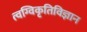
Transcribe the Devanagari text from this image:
त्वग्विकृतिविज्ञान